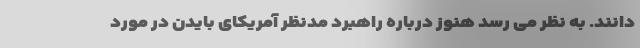
دانند. به نظر می رسد هنوز درباره راهبرد مدنظر آمریکای بایدن در مورد